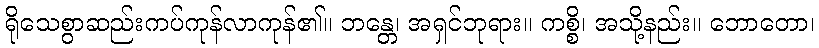
ရိုသေစွာဆည်းကပ်ကုန်လာကုန်၏။ ဘန္တေ၊ အရှင်ဘုရား။ ကစ္စိ၊ အသို့နည်း။ ဘောတော၊